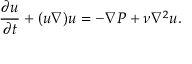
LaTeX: { \frac { \partial u } { \partial t } } + ( u \nabla ) u = - \nabla P + \nu \nabla ^ { 2 } u .